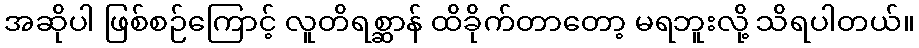
အဆိုပါ ဖြစ်စဉ်ကြောင့် လူတိရစ္ဆာန် ထိခိုက်တာတော့ မရဘူးလို့ သိရပါတယ်။